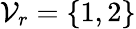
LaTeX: \mathcal{V}_{r}=\{ 1,2\}